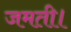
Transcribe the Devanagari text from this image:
जमती।